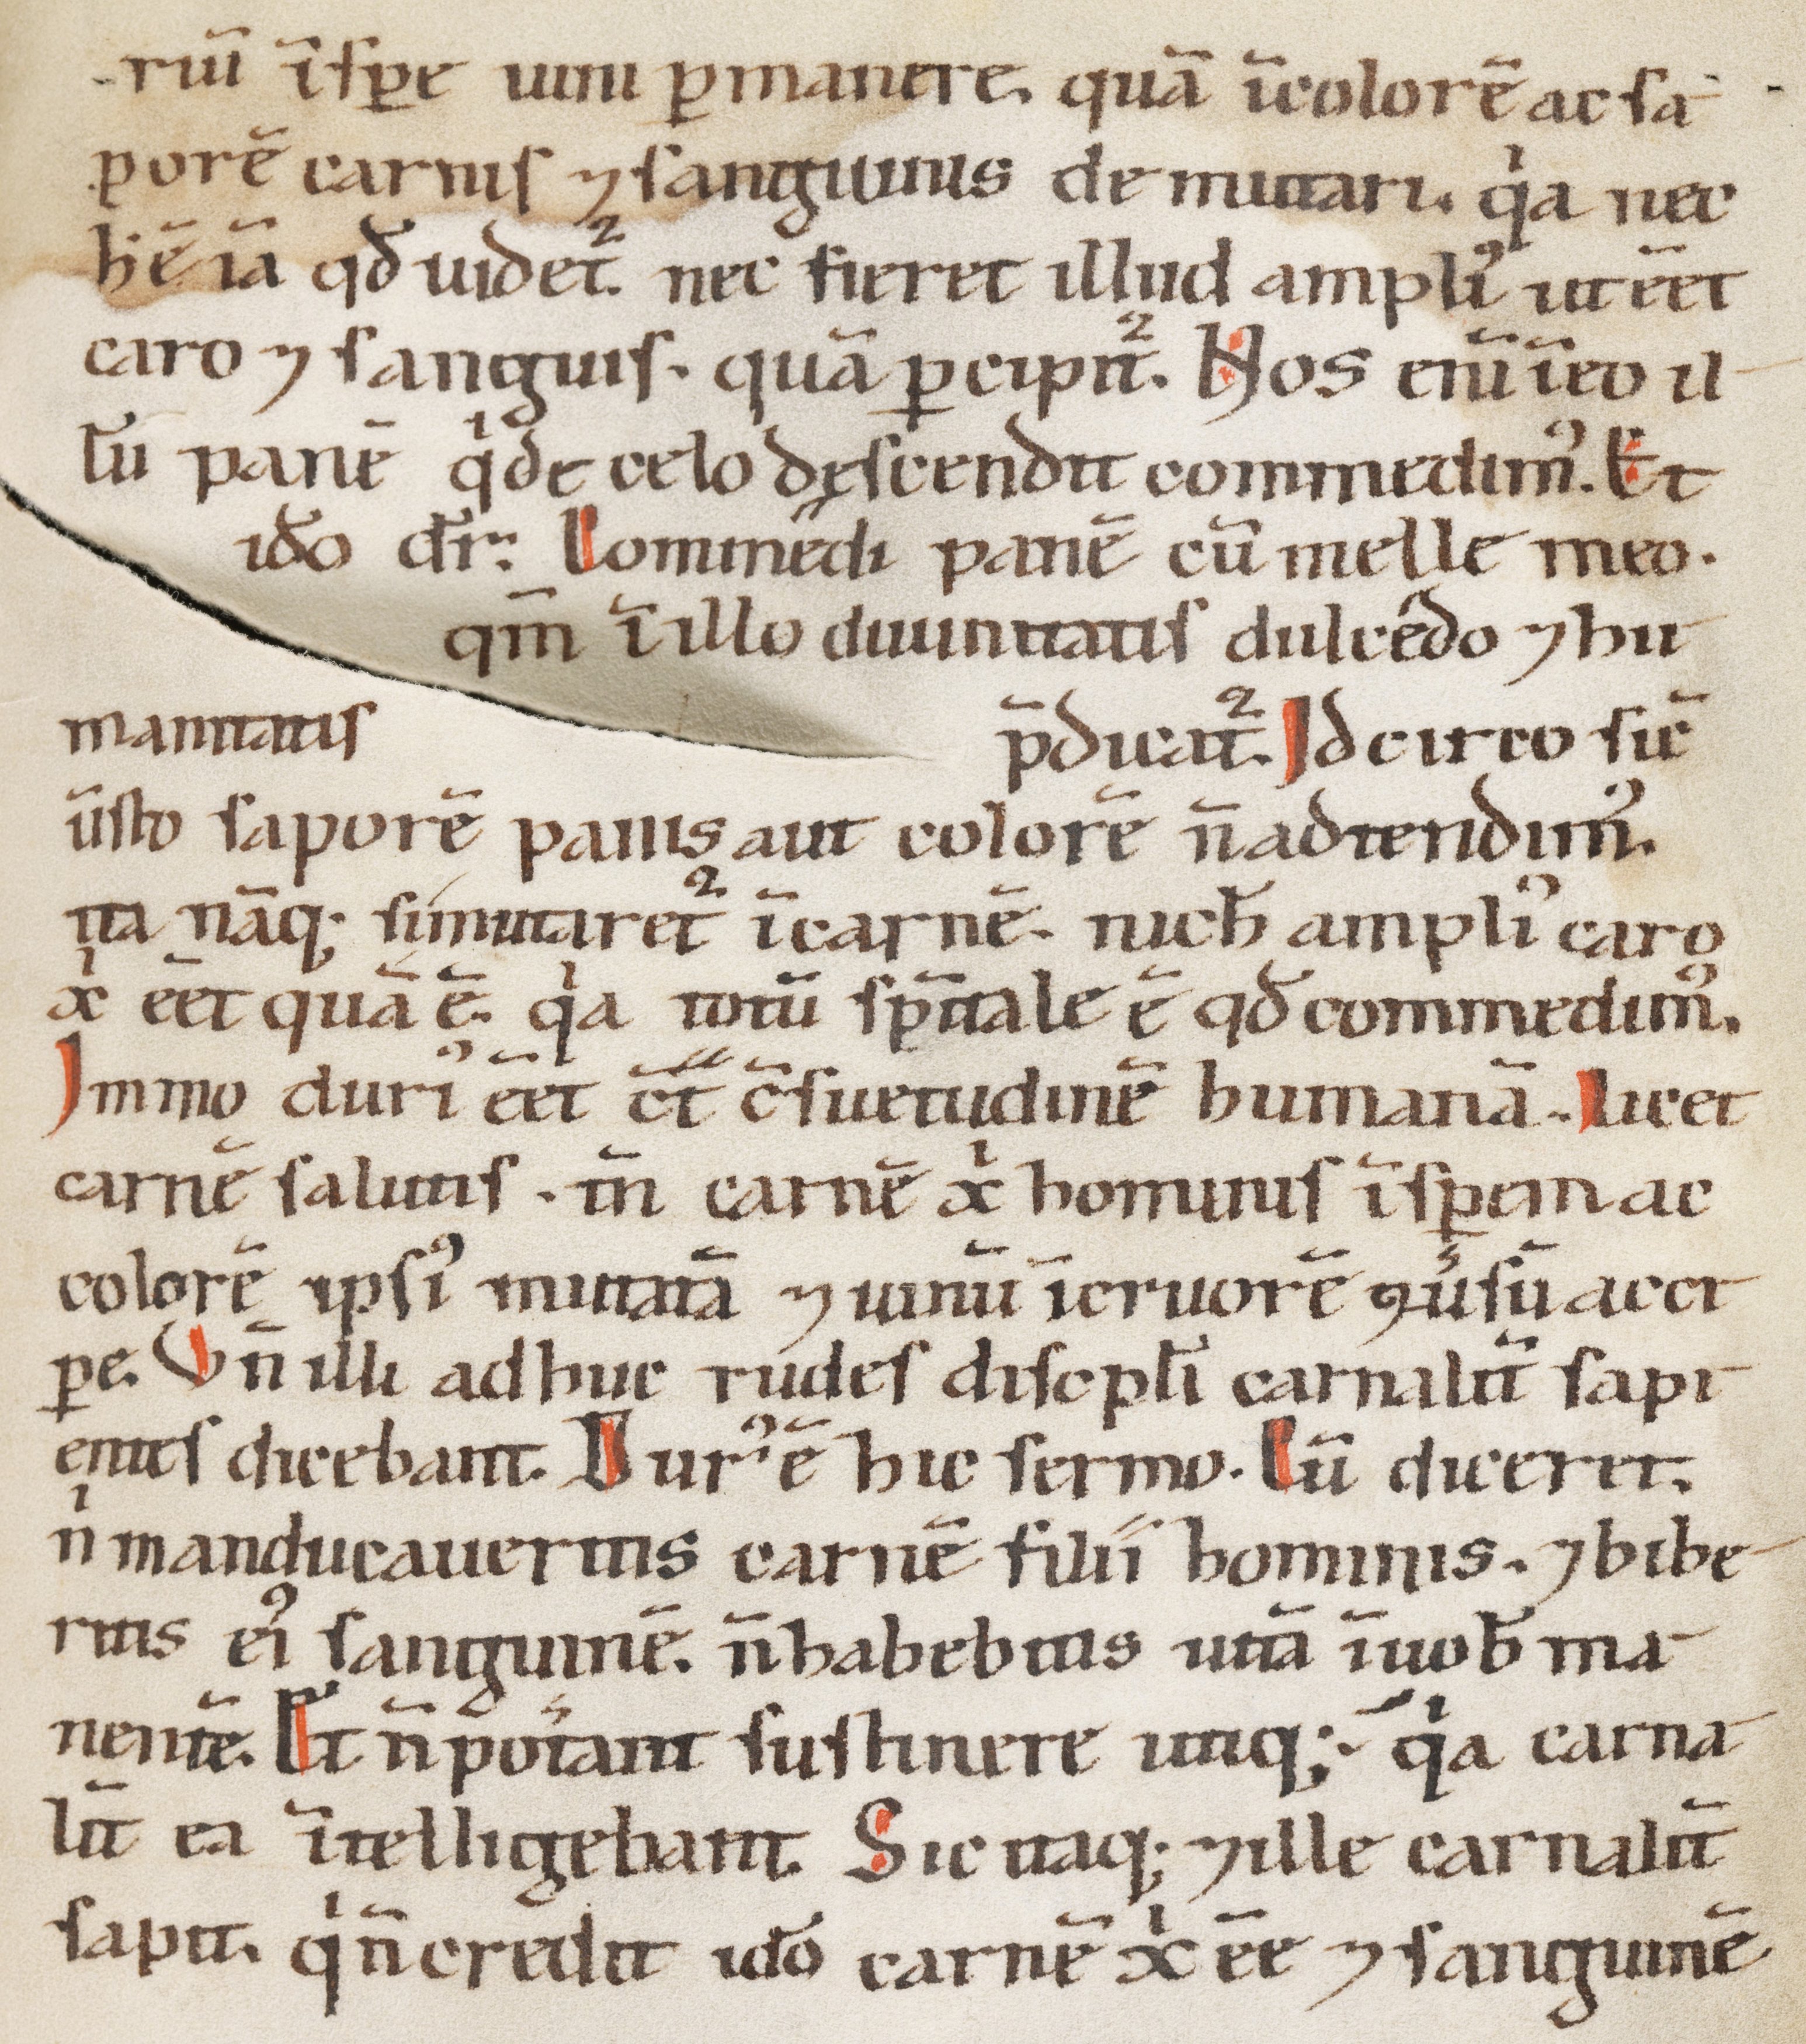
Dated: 1100–1199